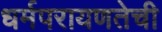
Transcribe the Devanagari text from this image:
धर्मपरायणतेची